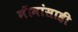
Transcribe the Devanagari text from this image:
मीमांसाही